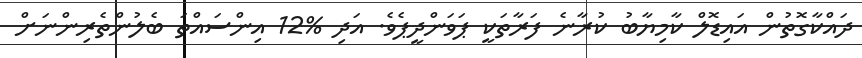
ދައްކާގޮތުން އައިޑޮލް ކާމިޔާބު ކުރާނެ ފަރާތަކީ ޕަވަންދީޕެވެ. އަދި %12 އިންސައްތަ ބެލުންތެރިންނަށް